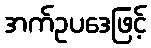
အက်ဥပဒေဖြင့်